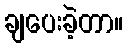
ချပေးခဲ့တာ။